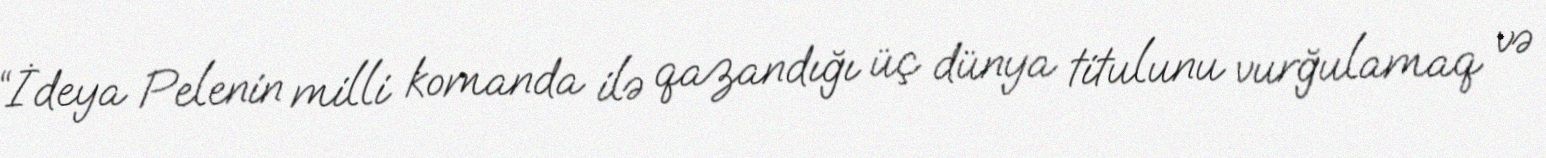
“İdeya Pelenin milli komanda ilə qazandığı üç dünya titulunu vurğulamaq və